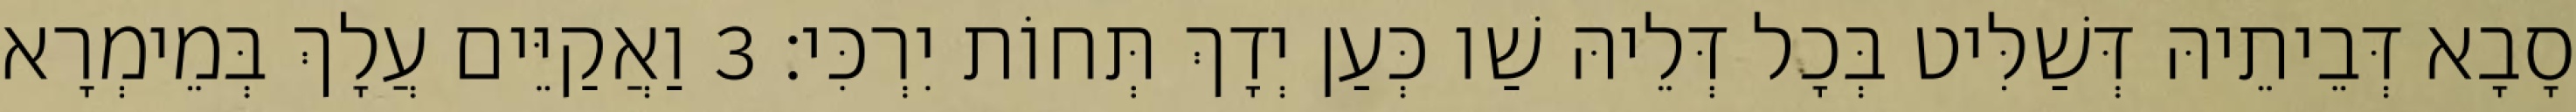
סָבָא דְּבֵיתֵיהּ דְּשַׁלִּיט בְּכָל דְּלֵיהּ שַׁו כְּעַן יְדָךְ תְּחוֹת יִרְכִּי׃ 3 וַאֲקַיֵּים עֲלָךְ בְּמֵימְרָא